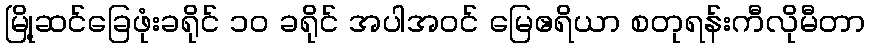
မြို့ဆင်ခြေဖုံးခရိုင် ၁၀ ခရိုင် အပါအဝင် မြေဧရိယာ စတုရန်းကီလိုမီတာ